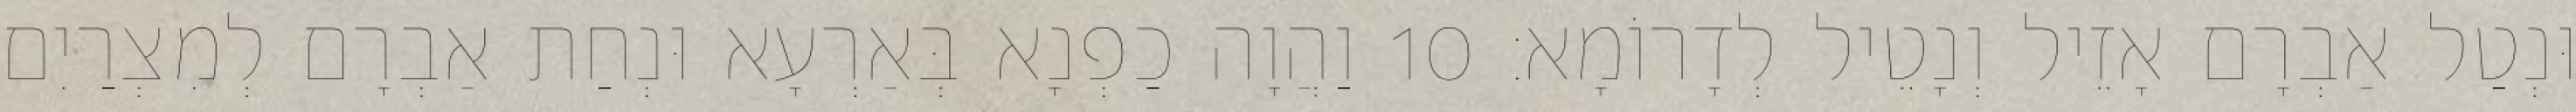
וּנְטַל אַבְרָם אָזֵיל וְנָטֵיל לְדָרוֹמָא׃ 10 וַהֲוָה כַפְנָא בְּאַרְעָא וּנְחַת אַבְרָם לְמִצְרַיִם